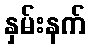
နှမ်းနက်